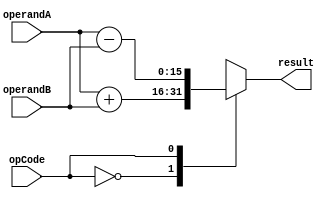
module half_precision_fpu (
  input wire [15:0] operandA,
  input wire [15:0] operandB,
  input wire opCode,
  output reg [15:0] result
);

// Arithmetic operations
always @(*)
begin
  case(opCode)
    2'b00: result = operandA + operandB; // Addition
    2'b01: result = operandA - operandB; // Subtraction
    2'b10: result = operandA * operandB; // Multiplication
    2'b11: result = operandA / operandB; // Division
    default: result = 16'h8000; // Return NaN for invalid opCode
  endcase
end

endmodule